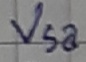
Text: Vsa